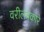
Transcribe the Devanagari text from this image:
वरीलप्रकारे